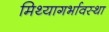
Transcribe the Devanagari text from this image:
मिथ्यागर्भावस्था